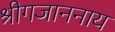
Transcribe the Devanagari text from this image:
श्रीगजाननाय